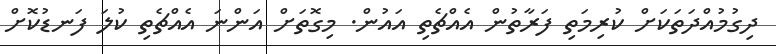
ދިގުމުއްދަތަކަށް ކުރިމަތި ފަރާތުން އެއްޗެތި އައުން. މިގޮތަށް އަންނަ އެއްޗެތި ކުލަ ފަނޑުކޮށް